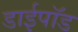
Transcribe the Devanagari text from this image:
डाईपॉड